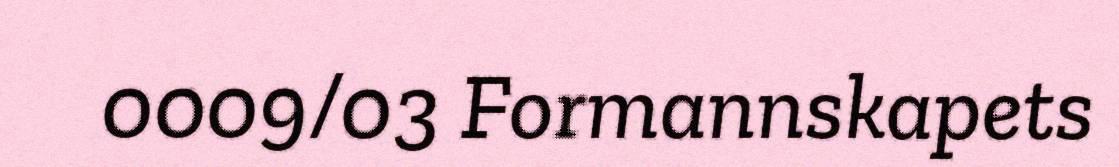
0009/03 Formannskapets